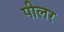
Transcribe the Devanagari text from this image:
पीलर